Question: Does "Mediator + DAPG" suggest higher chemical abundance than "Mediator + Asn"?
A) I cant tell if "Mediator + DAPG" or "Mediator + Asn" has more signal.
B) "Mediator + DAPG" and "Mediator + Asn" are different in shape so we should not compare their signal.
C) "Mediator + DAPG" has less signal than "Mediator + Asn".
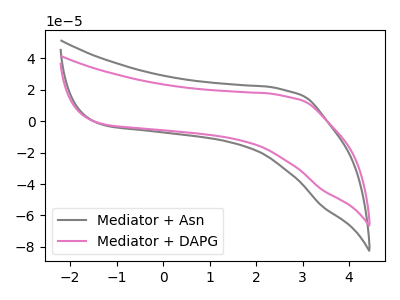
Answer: <think>The gray curve "Mediator + Asn" has no peaks. The pink curve "Mediator + DAPG" has no peaks.
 Neither "Mediator + DAPG" or "Mediator + Asn" have any peaks.</think>
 <answer>A) I cant tell if "Mediator + DAPG" or "Mediator + Asn" has more signal.</answer>
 <eval>A</eval>